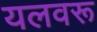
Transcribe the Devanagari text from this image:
यलवरू